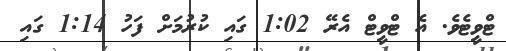
ޓްވީޓެވެ. އެ ޓްވީޓް އެރޭ 1:02 ގައި ކުރުމަށް ފަހު 1:14 ގައި